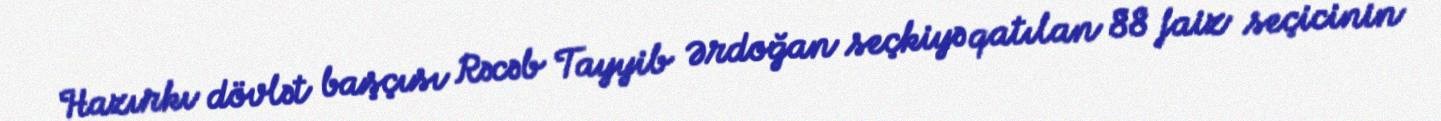
Hazırkı dövlət başçısı Rəcəb Tayyib Ərdoğan seçkiyə qatılan 88 faiz seçicinin